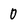
Character: 0